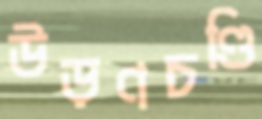
উড়ণচণ্ডি